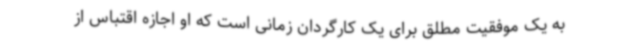
به یک موفقیت مطلق برای یک کارگردان زمانی است که او اجازه اقتباس از